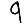
Digit: 9